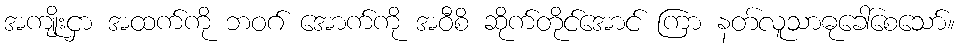
အကျိုးငှာ အထက်ကို ဘဝဂ် အောက်ကို အဝီစိ ဆိုက်တိုင်အောင် ကြာ နတ်လူသာဓုခေါ်စေသော်။